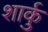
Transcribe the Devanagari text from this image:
शार्कु